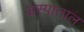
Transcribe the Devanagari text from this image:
अस्पाताल